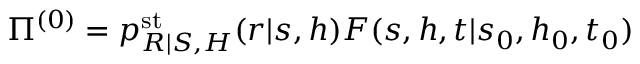
\Pi ^ { ( 0 ) } = p _ { R | S , H } ^ { \mathrm { s t } } ( r | s , h ) F ( s , h , t | s _ { 0 } , h _ { 0 } , t _ { 0 } )